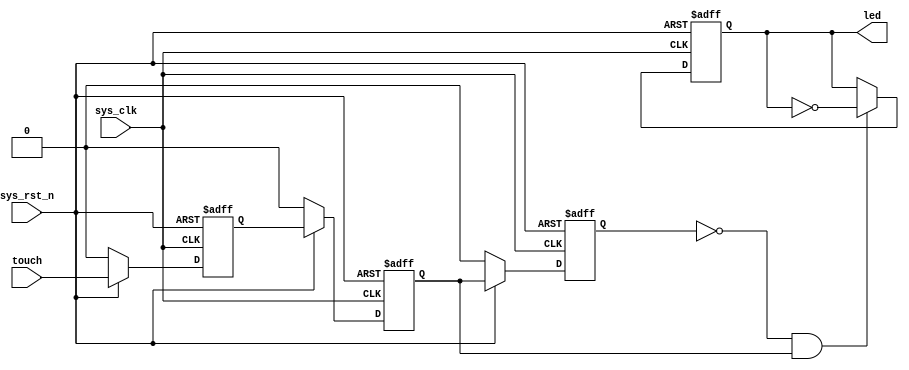
// Generator : SpinalHDL v1.6.0    git head : 73c8d8e2b86b45646e9d0b2e729291f2b65e6be3
// Component : TouchLED
// Git hash  : 702f67ba8ceb94fd98403ab47232e55cadb24577



module TouchLED (
  input               sys_clk,
  input               sys_rst_n,
  input               touch,
  output              led
);
  wire                _zz_1;
  reg                 area_touch_d0;
  reg                 area_touch_d1;
  reg                 area_touch_d2;
  wire                area_touch_rise;
  reg                 area_led_state;
  wire                when_touch_led_l31;

  assign _zz_1 = (! sys_rst_n);
  assign area_touch_rise = ((! area_touch_d2) && area_touch_d1);
  assign when_touch_led_l31 = (! sys_rst_n);
  assign led = area_led_state;
  always @(posedge sys_clk or posedge _zz_1) begin
    if(_zz_1) begin
      area_touch_d0 <= 1'b0;
      area_touch_d1 <= 1'b0;
      area_touch_d2 <= 1'b0;
      area_led_state <= 1'b0;
    end else begin
      if(when_touch_led_l31) begin
        area_touch_d0 <= 1'b0;
        area_touch_d1 <= 1'b0;
        area_touch_d2 <= 1'b0;
      end else begin
        area_touch_d0 <= touch;
        area_touch_d1 <= area_touch_d0;
        area_touch_d2 <= area_touch_d1;
      end
      if(area_touch_rise) begin
        area_led_state <= (! area_led_state);
      end
    end
  end


endmodule